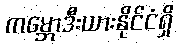
ကမ္ဘောဒီးယားနိုင်ငံရှိ